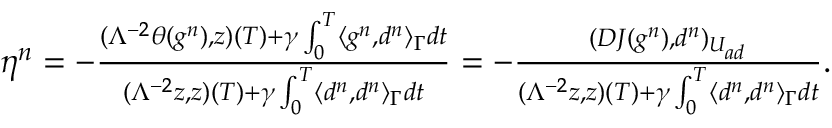
\begin{array} { r } { \eta ^ { n } = - \frac { ( \Lambda ^ { - 2 } \theta ( g ^ { n } ) , z ) ( T ) + \gamma \int _ { 0 } ^ { T } \langle g ^ { n } , d ^ { n } \rangle _ { \Gamma } d t } { ( \Lambda ^ { - 2 } z , z ) ( T ) + \gamma \int _ { 0 } ^ { T } \langle d ^ { n } , d ^ { n } \rangle _ { \Gamma } d t } = - \frac { ( D J ( g ^ { n } ) , d ^ { n } ) _ { U _ { a d } } } { ( \Lambda ^ { - 2 } z , z ) ( T ) + \gamma \int _ { 0 } ^ { T } \langle d ^ { n } , d ^ { n } \rangle _ { \Gamma } d t } . } \end{array}